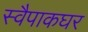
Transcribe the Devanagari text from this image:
स्वैपाकघर